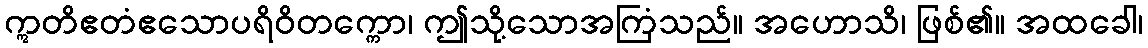
ဣတိဧတံဧသောပရိဝိတက္ကော၊ ဤသို့သောအကြံသည်။ အဟောသိ၊ ဖြစ်၏။ အထခေါ၊